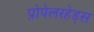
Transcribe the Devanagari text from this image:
प्रोपेलरहेड्स